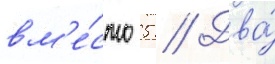
вм'е́сто 5 // Два́